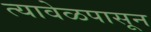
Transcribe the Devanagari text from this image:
त्यावेळपासून